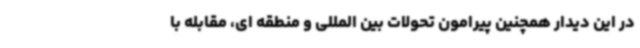
در این دیدار همچنین پیرامون تحولات بین المللی و منطقه ای، مقابله با